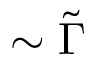
\sim \tilde { \Gamma }